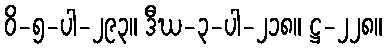
ဝိ-၅-ပါ-၂၉၃။ ဒီဃ-၃-ပါ-၂၁၈။ ဋ္ဌ-၂၂၈။